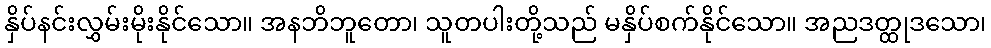
နှိပ်နင်းလွှမ်းမိုးနိုင်သော။ အနဘိဘူတော၊ သူတပါးတို့သည် မနှိပ်စက်နိုင်သော။ အညဒတ္ထုဒသော၊